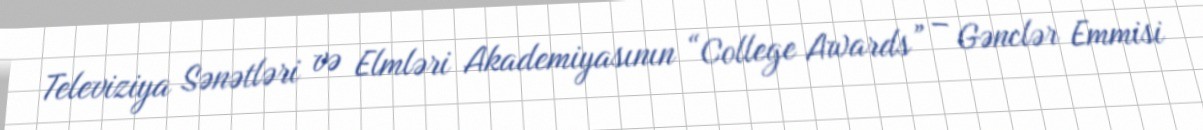
Televiziya Sənətləri və Elmləri Akademiyasının “College Awards” – Gənclər Emmisi